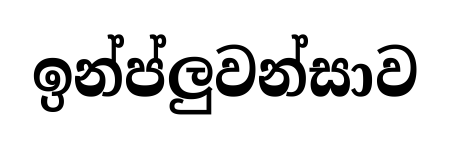
ඉන්ප්ලුවන්සාව